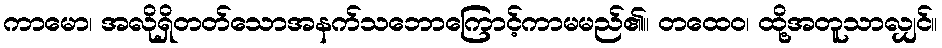
ကာမော၊ အလိုရှိတတ်သောအနက်သဘောကြောင့်ကာမမည်၏။ တထေဝ၊ ထို့အတူသာလျှင်။